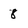
Character: 8